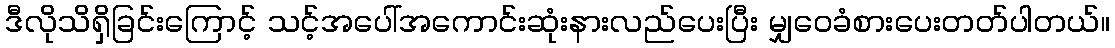
ဒီလိုသိရှိခြင်းကြောင့် သင့်အပေါ်အကောင်းဆုံးနားလည်ပေးပြီး မျှဝေခံစားပေးတတ်ပါတယ်။